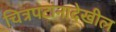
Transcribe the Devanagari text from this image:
चित्रपटांनादेखील